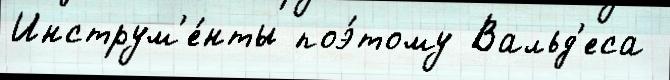
Инструм'е́нты поэ́тому Вальд'еса